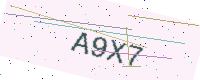
Text: A9X7